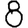
Digit: 8